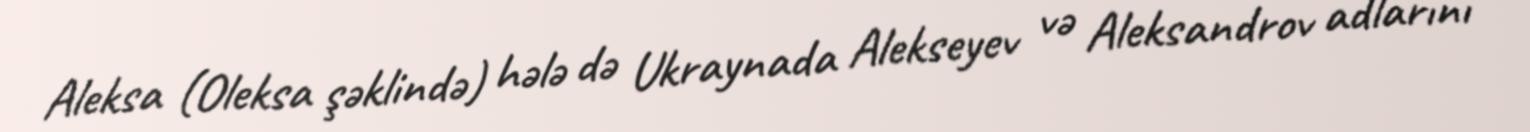
Aleksa (Oleksa şəklində) hələ də Ukraynada Alekseyev və Aleksandrov adlarını